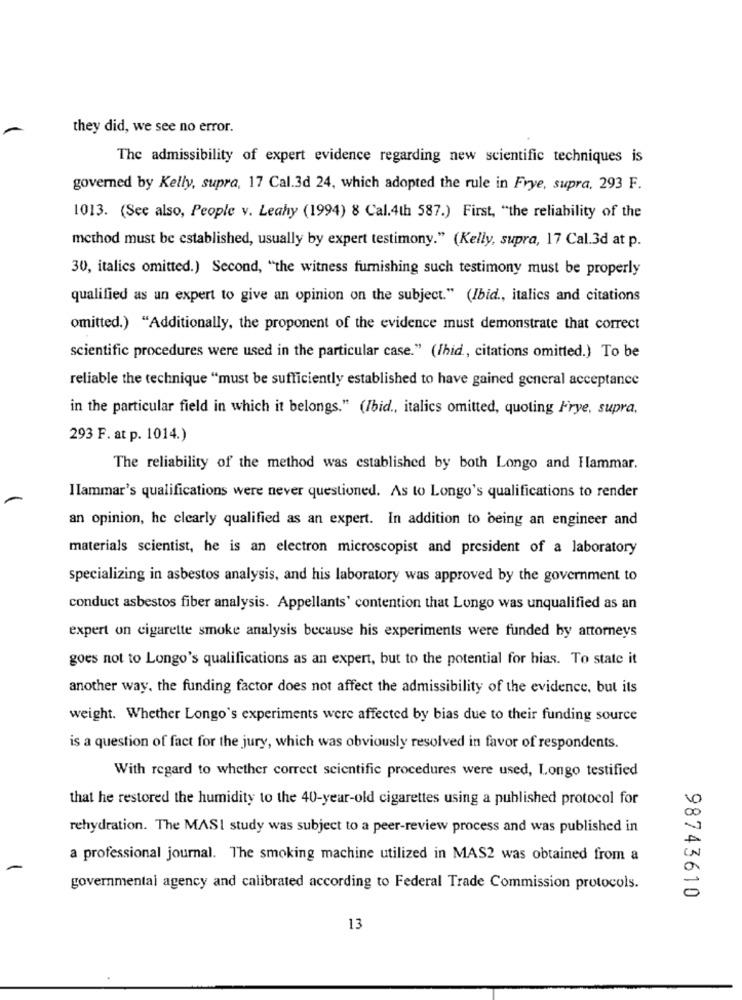
they did, we see no error.
The admissibility of expert evidence regarding new scientific techniques is
governed by Kelly, supra, 17 Cal.3d 24, which adopted the rule in Frye, supra, 293 F.
1013. (See also, People v. Leahy (1994) 8 Cal.4th 587.) First, "the reliability of the
method must be established, usually by expert testimony." (Kelly, supra, 17 Cal.3d at p.
30, italics omitted.) Second, "the witness furnishing such testimony must be properly
qualified as un expert to give an opinion on the subject." (Ibid ., italics and citations
omitted.) "Additionally, the proponent of the evidence must demonstrate that correct
scientific procedures were used in the particular case." (fhid ., citations omitted.) To be
reliable the technique "must be sufficiently established to have gained general acceptance
in the particular field in which it belongs." (Ibid ., italics omitted, quoting Frye, supra,
293 F. at p. 1014.)
The reliability of the method was established by both Longo and Hammar.
I Iammar's qualifications were never questioned. As to Longo's qualifications to render
an opinion, he clearly qualified as an expert. In addition to being an engineer and
materials scientist, he is an electron microscopist and president of a laboratory
specializing in asbestos analysis, and his laboratory was approved by the government to
conduct asbestos fiber analysis. Appellants' contention that Longo was unqualified as an
expert on cigarette smoke analysis because his experiments were funded by attorneys
goes not to Longo's qualifications as an expert, but to the potential for hias. To state it
another way. the funding factor does not affect the admissibility of the evidence, but its
weight. Whether Longo's experiments were affected by bias due to their funding source
is a question of fact for the jury, which was obviously resolved in favor of respondents.
With regard to whether correct scientific procedures were used, Longo testified
that he restored the humidity to the 40-year-old cigarettes using a published protocol for
rehydration. The MASI study was subject to a peer-review process and was published in
a professional journal. The smoking machine utilized in MAS2 was obtained from a
governmental agency and calibrated according to Federal Trade Commission protocols.
98743610
13